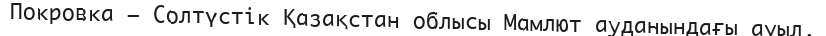
Покровка – Солтүстік Қазақстан облысы Мамлют ауданындағы ауыл.